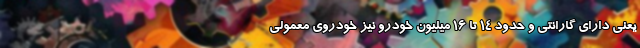
یعنی دارای گارانتی و حدود 14 تا 16 میلیون خودرو نیز خودروی معمولی